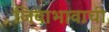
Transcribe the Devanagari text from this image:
जिवाभावाची